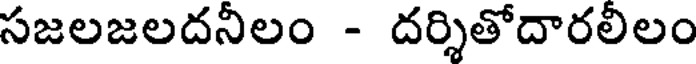
సజలజలదనీలం - దర్శితోదారలిలం